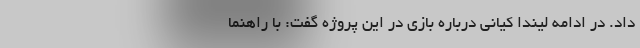
داد. در ادامه لیندا کیانی درباره بازی در این پروژه گفت: با راهنما